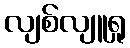
လျစ်လျူရှု